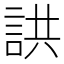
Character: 鿁